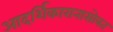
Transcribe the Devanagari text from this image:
आदर्शिकारानासोबत